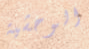
الوحشية